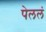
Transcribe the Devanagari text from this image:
पेललं